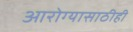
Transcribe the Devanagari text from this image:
आरोग्यासाठीही